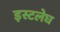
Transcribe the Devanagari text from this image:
इस्टलेघ